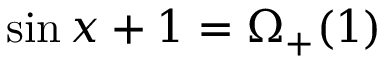
\sin x + 1 = \Omega _ { + } ( 1 )